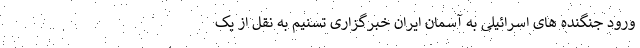
ورود جنگنده های اسرائیلی به آسمان ایران خبرگزاری تسنیم به نقل از یک